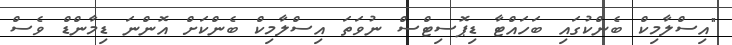
"އިސްލާމިކް ބެންކުގައި ބަހައްޓާ ޑިޕޮސިޓްސް ނުވަތަ އިސްލާމިކް ބެންކަށް އޮންނަ ޑިމާންޑް ވެސް